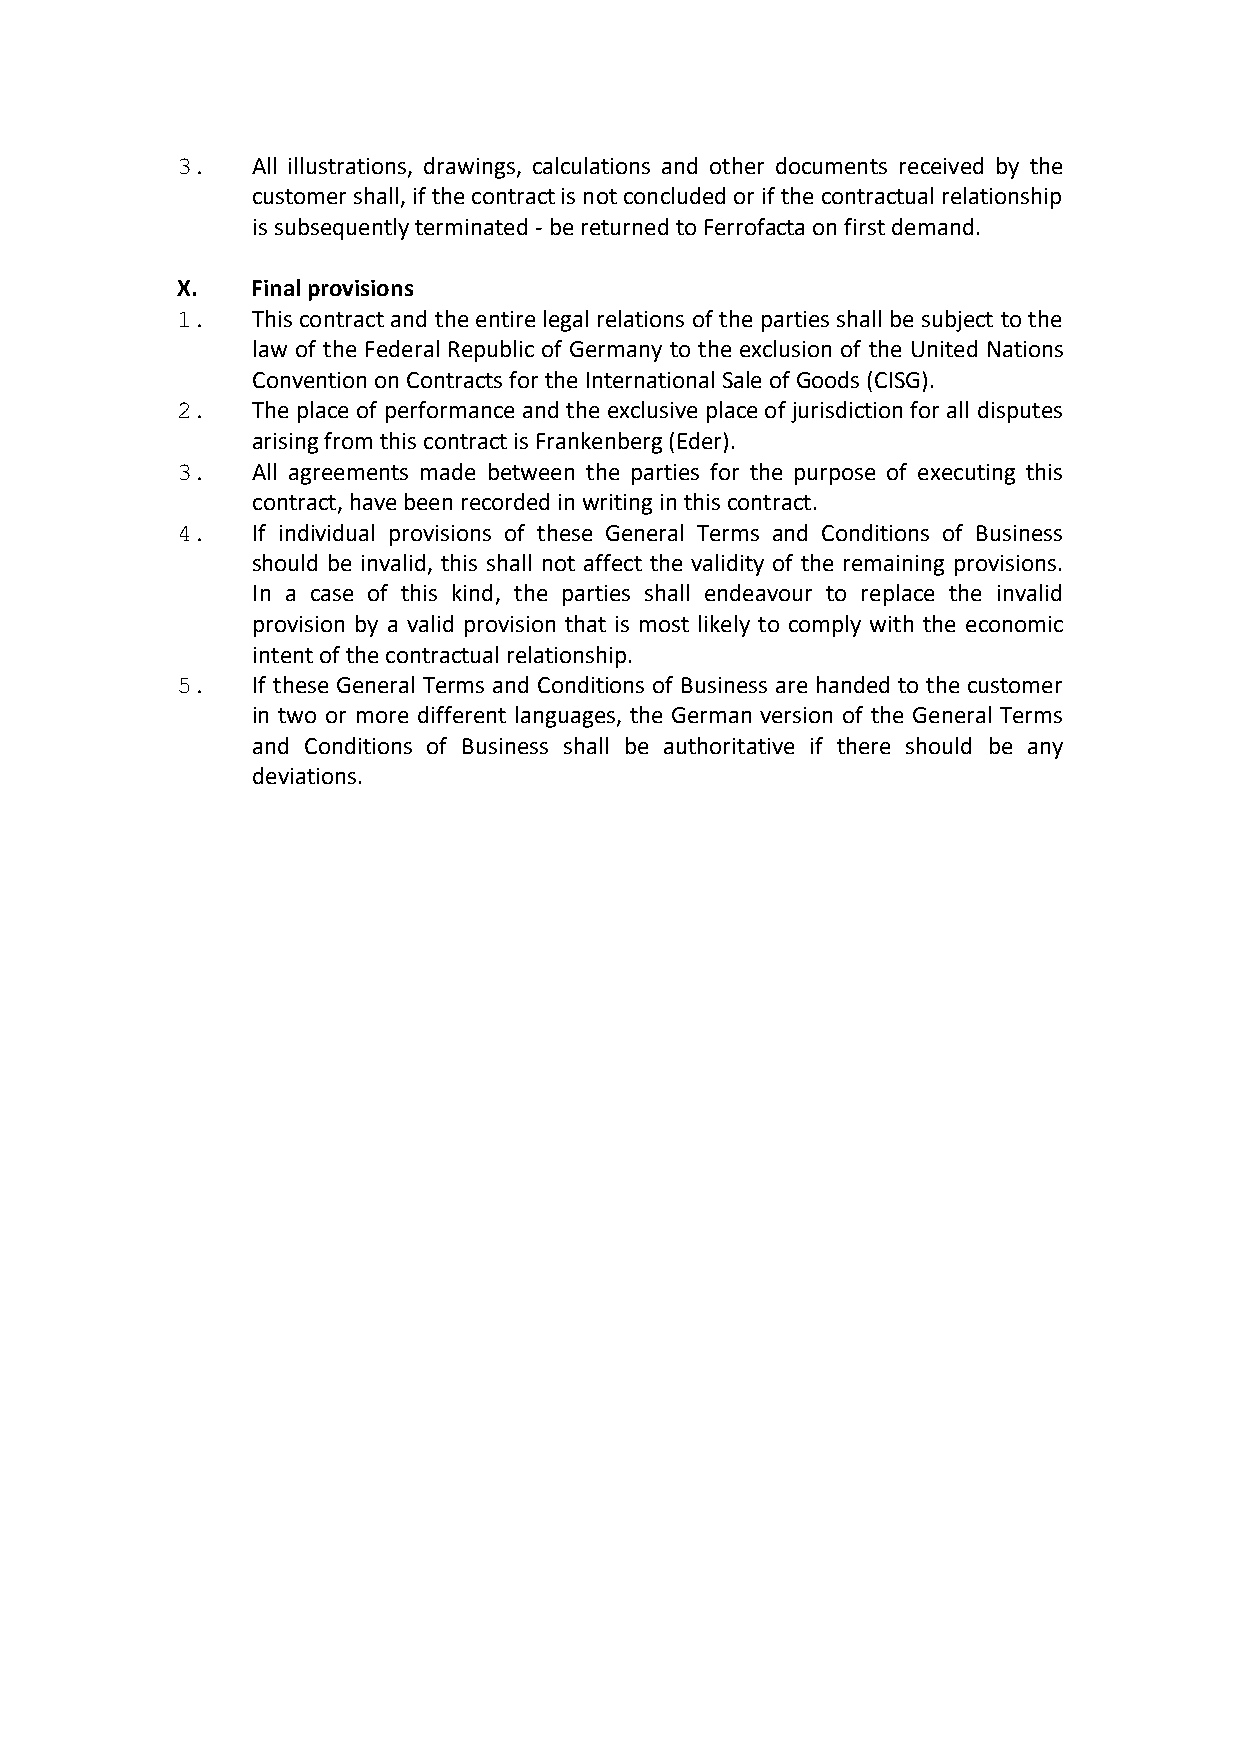
3.   All illustrations, drawings, calculations and other documents received by the
 customer shall, if the contract is not concluded or if the contractual relationship
 is subsequently terminated - be returned to Ferrofacta on first demand.
 X.   Final provisions
 1.   This contract and the entire legal relations of the parties shall be subject to the
 law of the Federal Republic of Germany to the exclusion of the United Nations
 Convention on Contracts for the International Sale of Goods (CISG).
 2.   The place of performance and the exclusive place of jurisdiction for all disputes
 arising from this contract is Frankenberg (Eder).
 3.   All agreements made between the parties for the purpose of executing this
 contract, have been recorded in writing in this contract.
 4.   If individual provisions of these General Terms and Conditions of Business
 should be invalid, this shall not affect the validity of the remaining provisions.
 In a case of this kind, the parties shall endeavour to replace the invalid
 provision by a valid provision that is most likely to comply with the economic
 intent of the contractual relationship.
 5.   If these General Terms and Conditions of Business are handed to the customer
 in two or more different languages, the German version of the General Terms
 and Conditions of Business shall be authoritative if there should be any
 deviations.